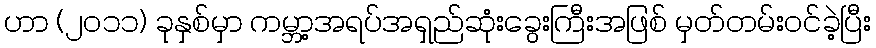
ဟာ (၂၀၁၁) ခုနှစ်မှာ ကမ္ဘာ့အရပ်အရှည်ဆုံးခွေးကြီးအဖြစ် မှတ်တမ်းဝင်ခဲ့ပြီး